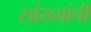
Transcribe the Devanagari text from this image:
सांख्यांची